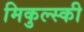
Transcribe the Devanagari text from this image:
मिकुल्स्की